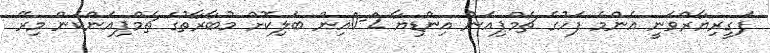
ފަގީރިޔާރްވަނީ އެންމެ ފަހުގެ ޗެމްޕިއަން އިންޑިޔާ 2-0އިން ބަލިކޮށް މުބާރާތުގެ ޗެމްޕިއަންކަން މިރޭ